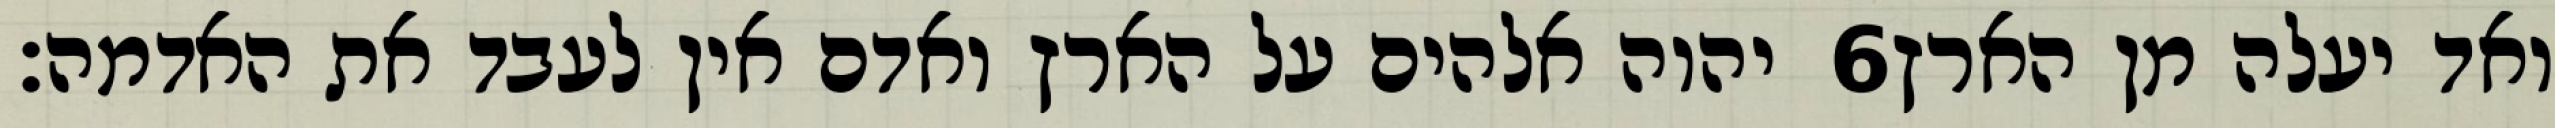
יהוה אלהים על הארץ ואדם אין לעבד את האדמה׃ ‎6‏ ואד יעלה מן הארץ